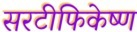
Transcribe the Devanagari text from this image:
सरटीफिकेष्ण